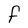
Character: F